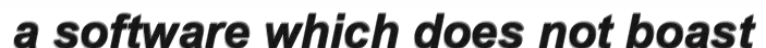
a software which does not boast